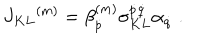
J _ { K L } { } ^ { ( m ) } = \beta _ { \dot { p } } ^ { ( m ) } \sigma _ { K L } ^ { \dot { p } \dot { q } } \alpha _ { \dot { q } } \ .